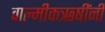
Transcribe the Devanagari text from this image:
वाल्मीकऋषींनी